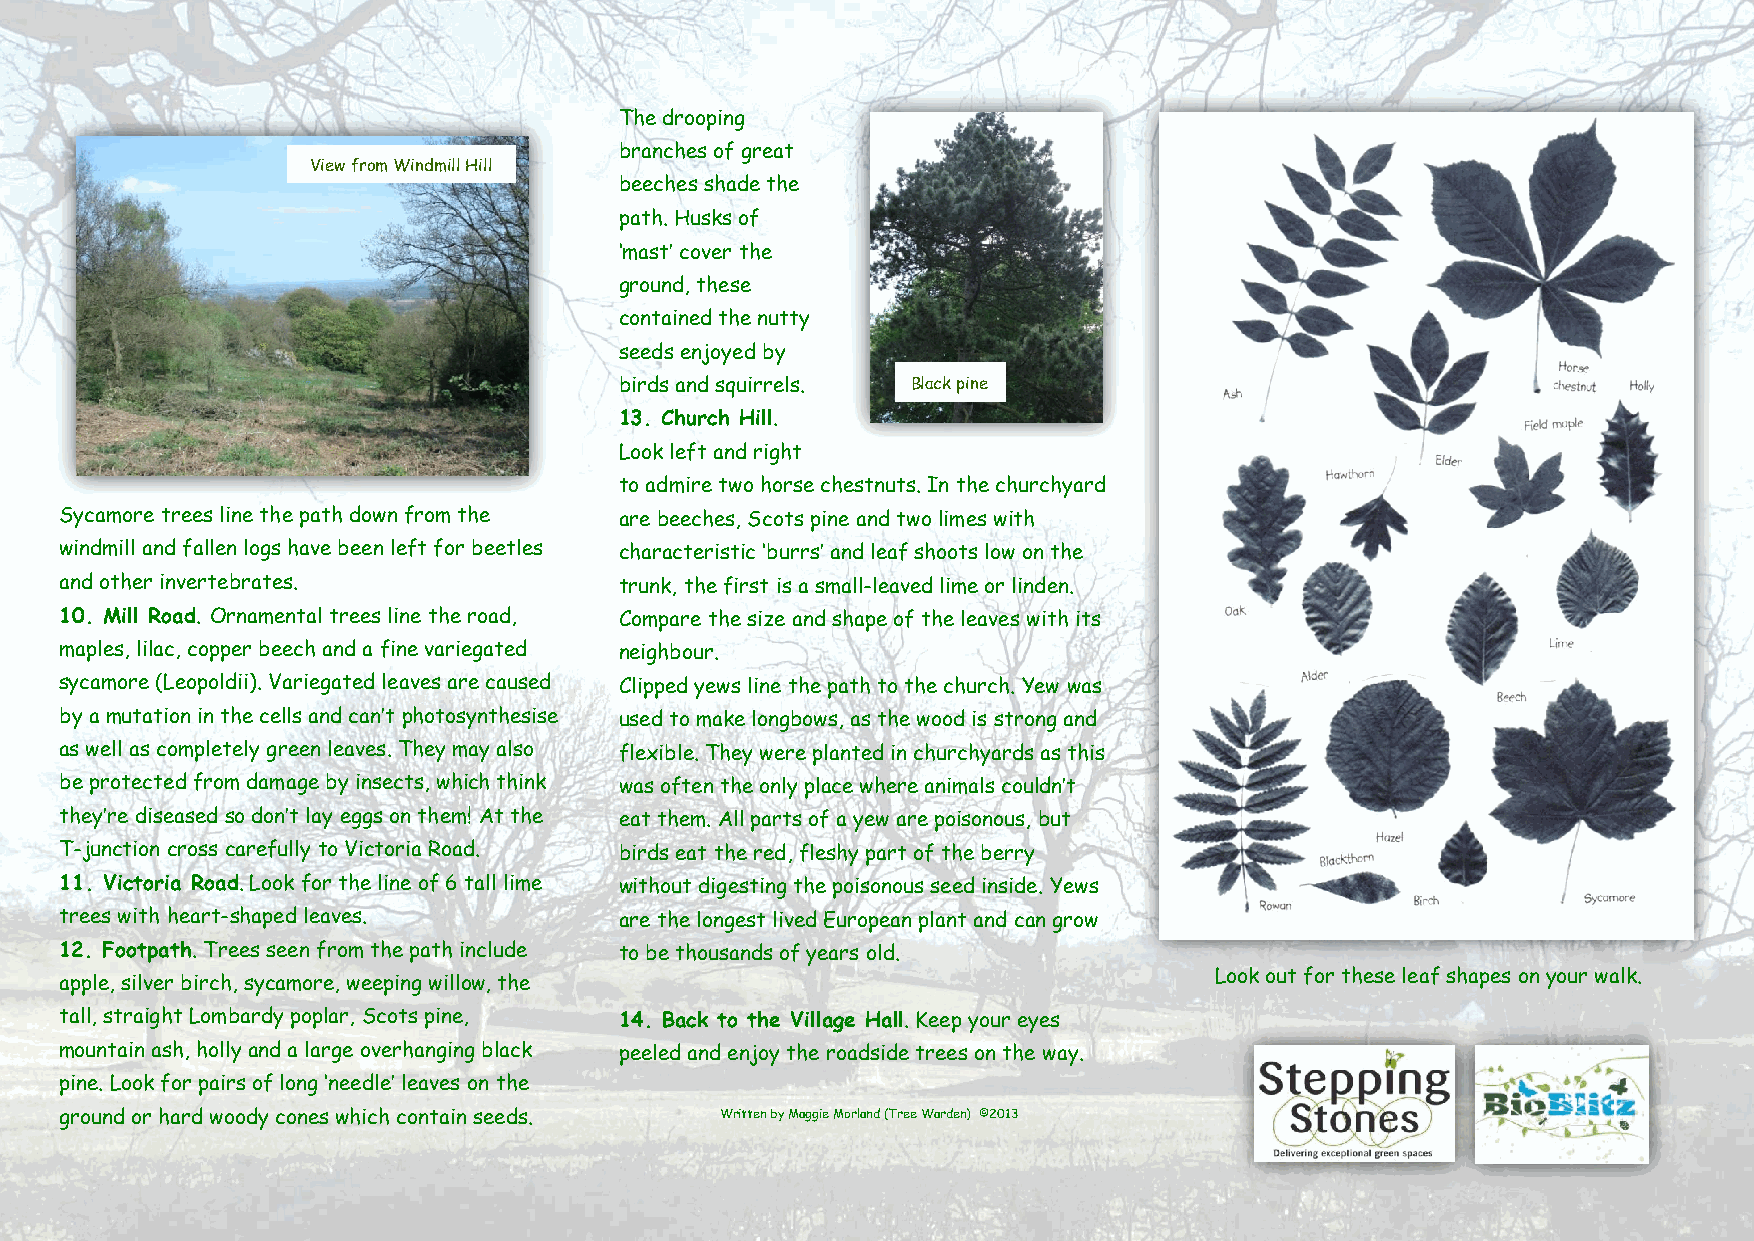
The drooping
 branches of great
 View from Windmill Hill
 beeches shade the
 path. Husks of
 ‘mast’ cover the
 ground, these
 contained the nutty
 seeds enjoyed by
 birds and squirrels. Black pine
 13. Church Hill.
 Look left and right
 to admire two horse chestnuts. In the churchyard
 Sycamore trees line the path down from the are beeches, Scots pine and two limes with
 windmill and fallen logs have been left for beetles characteristic ‘burrs’ and leaf shoots low on the
 and other invertebrates.             trunk, the first is a small-leaved lime or linden.
 10. Mill Road. Ornamental trees line the road, Compare the size and shape of the leaves with its
 maples, lilac, copper beech and a fine variegated neighbour.
 sycamore (Leopoldii). Variegated leaves are caused Clipped yews line the path to the church. Yew was
 by a mutation in the cells and can’t photosynthesise used to make longbows, as the wood is strong and
 as well as completely green leaves. They may also flexible. They were planted in churchyards as this
 be protected from damage by insects, which think was often the only place where animals couldn’t
 they’re diseased so don’t lay eggs on them! At the eat them. All parts of a yew are poisonous, but
 T-junction cross carefully to Victoria Road. birds eat the red, fleshy part of the berry
 11. Victoria Road. Look for the line of 6 tall lime without digesting the poisonous seed inside. Yews
 trees with heart-shaped leaves.      are the longest lived European plant and can grow
 12. Footpath. Trees seen from the path include to be thousands of years old.
 Look out for these leaf shapes on your walk.
 apple, silver birch, sycamore, weeping willow, the
 tall, straight Lombardy poplar, Scots pine, 14. Back to the Village Hall. Keep your eyes
 mountain ash, holly and a large overhanging black peeled and enjoy the roadside trees on the way.
 pine. Look for pairs of long ‘needle’ leaves on the
 ground or hard woody cones which contain seeds. Written by Maggie Morland (Tree Warden) ©2013